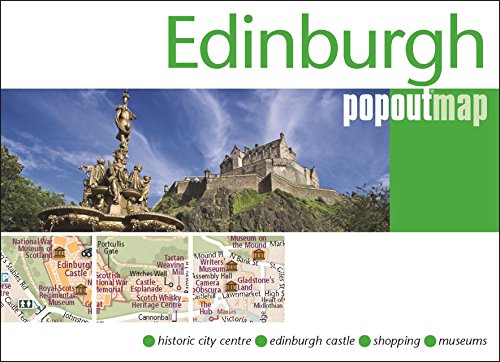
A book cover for Edinburgh PopOut Map (PopOut Maps); Travel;